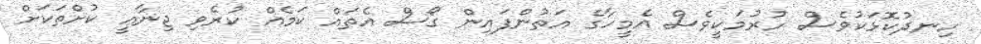
ހިނދުކޮޅަކުވެސް ހުރުމަކީވެސް އެމީހާގެ އަތުންފައިން ގޯސް އެތައް ކަމެއް ކުރެވި ޖިނާޢީ ކުށްތަކަށް